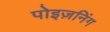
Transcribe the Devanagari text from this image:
पोइज़निंग